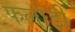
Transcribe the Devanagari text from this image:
फलोडी